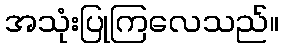
အသုံးပြုကြလေသည်။